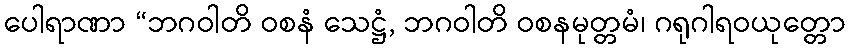
ပေါရာဏာ “ဘဂဝါတိ ဝစနံ သေဋ္ဌံ, ဘဂဝါတိ ဝစနမုတ္တမံ၊ ဂရုဂါရဝယုတ္တော